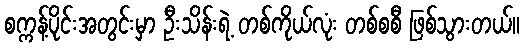
စက္ကန့်ပိုင်းအတွင်းမှာ ဦးသိန်းရဲ့ တစ်ကိုယ်လုံး တစ်စစီ ဖြစ်သွားတယ်။